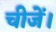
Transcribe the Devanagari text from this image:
चीजें।